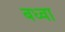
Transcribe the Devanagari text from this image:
बध्वा